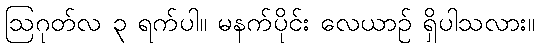
ဩဂုတ်လ ၃ ရက်ပါ။ မနက်ပိုင်း လေယာဉ် ရှိပါသလား။